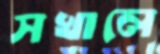
সখালে